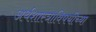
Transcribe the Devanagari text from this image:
अर्थशास्त्राविषयीच्या